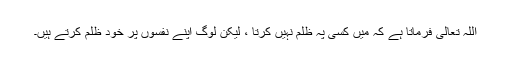
اللہ تعالیٰ فرماتا ہے کہ میں کسی پہ ظلم نہیں کرتا ، لیکن لوگ اپنے نفسوں پر خود ظلم کرتے ہیں۔